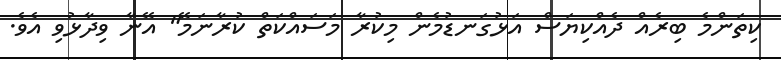
ކިތަންމެ ބިރެއް ދެއްކިޔަސް އަޅުގަނޑުމެން މިކުރާ މަސައްކަތް ކުރާނަމޭ" އޭނާ ވިދާޅުވި އެވެ.